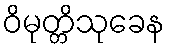
ဝိမုတ္တိသုခေန